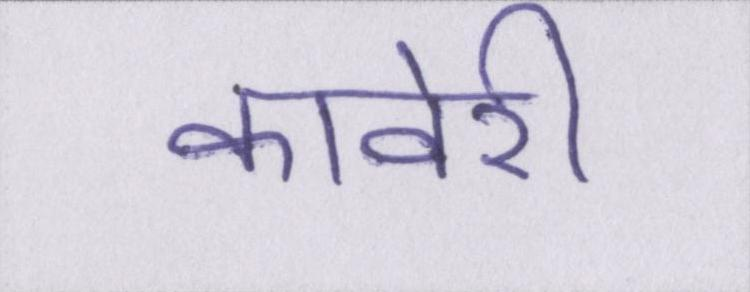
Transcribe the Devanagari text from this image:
कावेरी